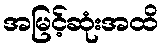
အမြင့်ဆုံးအထိ